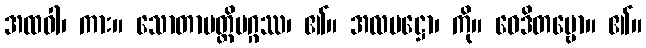
အထဝါ၊ ကား။ သောတာပတ္တိမဂ္ဂဿ၊ ၏။ အလမဋ္ဌော၊ ကို။ ဝေဒိတဗ္ဗော။ ၏။